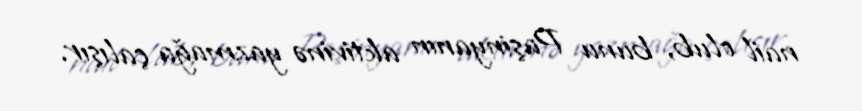
nail olub, bunu Paşinyanın aktivinə yazmağa çalışır.